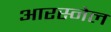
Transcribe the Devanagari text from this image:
आरस्नेल